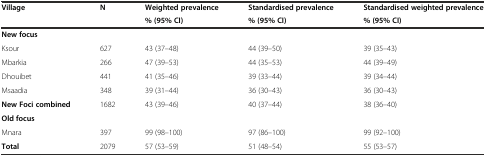
| <ROWSPAN=2> Village | <ROWSPAN=2> N | Weighted prevalence | Standardised prevalence | Standardised weighted prevalence |
 | % (95% CI) | % (95% CI) | % (95% CI) |
 | --- | --- | --- | --- | --- |
 | New focus |  |  |  |  |
 | Ksour | 627 | 43 (37–48) | 44 (39–50) | 39 (35–43) |
 | Mbarkia | 266 | 47 (39–53) | 44 (35–53) | 44 (39–49) |
 | Dhouibet | 441 | 41 (35–46) | 39 (33–44) | 39 (34–44) |
 | Msaadia | 348 | 39 (31–44) | 36 (30–43) | 36 (30–43) |
 | New Foci combined | 1682 | 43 (39–46) | 40 (37–44) | 38 (36–40) |
 | Old focus |  |  |  |  |
 | Mnara | 397 | 99 (98–100) | 97 (86–100) | 99 (92–100) |
 | Total | 2079 | 57 (53–59) | 51 (48–54) | 55 (53–57) |